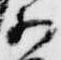
少